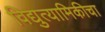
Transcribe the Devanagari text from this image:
विद्युत्यामिकीचा